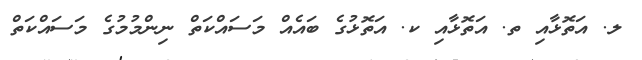
ލ. އަތޮޅާއި ތ. އަތޮޅާއި ކ. އަތޮޅުގެ ބައެއް މަސައްކަތް ނިންމުމުގެ މަސައްކަތް